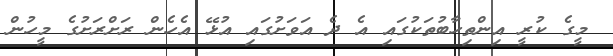
މީގެ ކުރީ އިންތިހާބުތަކުގައި އެ ދެ އަވަށުގައި އުޅޭ އެހެން ރަށްރަށުގެ މީހުން